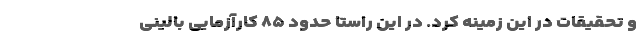
و تحقیقات در این زمینه کرد. در این راستا حدود ۸۵ کارآزمایی بالینی